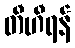
တီဟီရန်